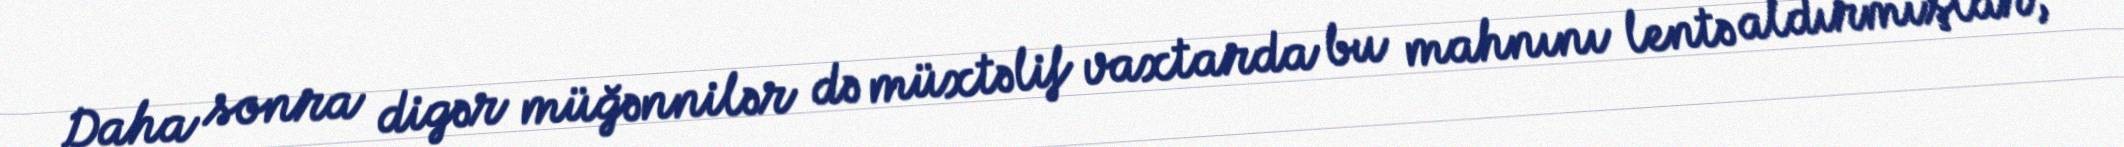
Daha sonra digər müğənnilər də müxtəlif vaxtarda bu mahnını lentə aldırmışlar,